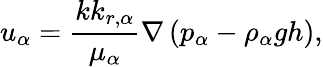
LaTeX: u_{\alpha}=\frac{kk_{r,\alpha}}{\mu_{\alpha}}\nabla\left(p_{\alpha}-{\rho}_{\alpha}gh\right),